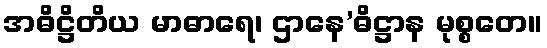
အဓိဋ္ဌိတိယ မာဓာရေ၊ ဌာနေ’ဓိဋ္ဌာန မုစ္စတေ။